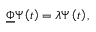
\boldsymbol { \underline { { \Phi } } } \boldsymbol { \Psi } \left( t \right) = \lambda \boldsymbol { \Psi } \left( t \right) ,